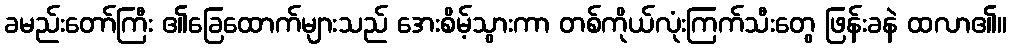
ခမည်းတော်ကြီး ၏ခြေထောက်များသည် အေးစိမ့်သွားကာ တစ်ကိုယ်လုံးကြက်သီးတွေ ဖြန်းခနဲ ထလာ၏။